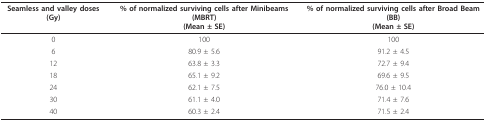
<table><thead><tr><td><b>Seamless and valley doses (Gy)</b></td><td><b>% of normalized surviving cells after Minibeams (MBRT)(Mean ± SE)</b></td><td><b>% of normalized surviving cells after Broad Beam (BB)(Mean ± SE)</b></td></tr></thead><tbody><tr><td>0</td><td>100</td><td>100</td></tr><tr><td>6</td><td>80.9 ± 5.6</td><td>91.2 ± 4.5</td></tr><tr><td>12</td><td>63.8 ± 3.3</td><td>72.7 ± 9.4</td></tr><tr><td>18</td><td>65.1 ± 9.2</td><td>69.6 ± 9.5</td></tr><tr><td>24</td><td>62.1 ± 7.5</td><td>76.0 ± 10.4</td></tr><tr><td>30</td><td>61.1 ± 4.0</td><td>71.4 ± 7.6</td></tr><tr><td>40</td><td>60.3 ± 2.4</td><td>71.5 ± 2.4</td></tr></tbody></table>